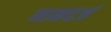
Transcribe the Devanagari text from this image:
नामदर्ज